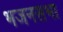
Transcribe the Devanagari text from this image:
भजनसभा